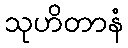
သုဟိတာနံ